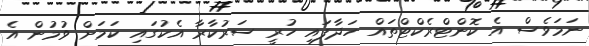
ނަމަވެސް އެ ކޮންޓްރެކްޓްތައް ހަދާފައި ހުރީ ސަރުކާރާ އެކުގައި ކަމަށް ވުމުން އެ